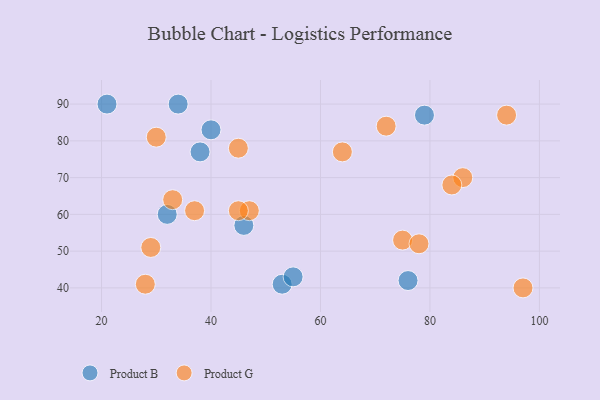
{"axis": {"x": "GDP", "y": "Life Expectancy"}, "legend": ["Product B", "Product G"], "data": [{"x": "46", "y": 57, "type": "Product B"}, {"x": "40", "y": 83, "type": "Product B"}, {"x": "53", "y": 41, "type": "Product B"}, {"x": "38", "y": 77, "type": "Product B"}, {"x": "76", "y": 42, "type": "Product B"}, {"x": "34", "y": 90, "type": "Product B"}, {"x": "32", "y": 60, "type": "Product B"}, {"x": "55", "y": 43, "type": "Product B"}, {"x": "21", "y": 90, "type": "Product B"}, {"x": "79", "y": 87, "type": "Product B"}, {"x": "94", "y": 87, "type": "Product G"}, {"x": "29", "y": 51, "type": "Product G"}, {"x": "30", "y": 81, "type": "Product G"}, {"x": "64", "y": 77, "type": "Product G"}, {"x": "47", "y": 61, "type": "Product G"}, {"x": "97", "y": 40, "type": "Product G"}, {"x": "33", "y": 64, "type": "Product G"}, {"x": "72", "y": 84, "type": "Product G"}, {"x": "45", "y": 78, "type": "Product G"}, {"x": "86", "y": 70, "type": "Product G"}, {"x": "75", "y": 53, "type": "Product G"}, {"x": "78", "y": 52, "type": "Product G"}, {"x": "45", "y": 61, "type": "Product G"}, {"x": "28", "y": 41, "type": "Product G"}, {"x": "37", "y": 61, "type": "Product G"}, {"x": "84", "y": 68, "type": "Product G"}]}